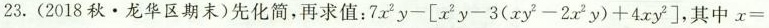
23.(2018秋·龙华区期末)先化简，再求值 :$$7 x ^ { 2 } y - [ x ^ { 2 } y - 3 ( x y ^ { 2 } - 2 x ^ { 2 } y ) + 4 x y ^ { 2 } ]$$，其中$$x =